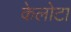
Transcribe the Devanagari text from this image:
केलोटा